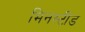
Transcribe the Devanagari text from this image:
मिनस्टीड